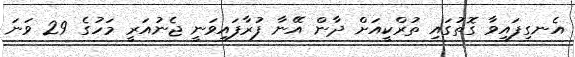
އެނގިފައިވާ ގޮތުގައި ތުރްކީއަށް ދާން އޭނާ ފުރާފައިވަނީ ޖެނުއަރީ މަހުގެ 29 ވަނަ